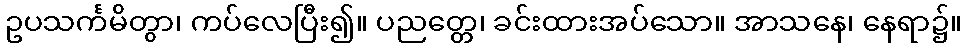
ဥပသင်္ကမိတွာ၊ ကပ်လေပြီး၍။ ပညတ္တေ၊ ခင်းထားအပ်သော။ အာသနေ၊ နေရာ၌။